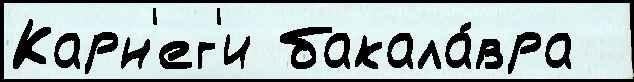
Карн'ег'и бакала́вра